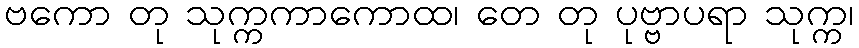
ဗကော တု သုက္ကကာကောထ၊ တေ တု ပုဗ္ဗာပရာ သုက္က၊